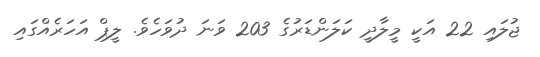
ޖުލައި 22 އަކީ މީލާދީ ކަލަންޑަރުގެ 203 ވަނަ ދުވަހެވެ. ލީޕް އަހަރެއްގައި